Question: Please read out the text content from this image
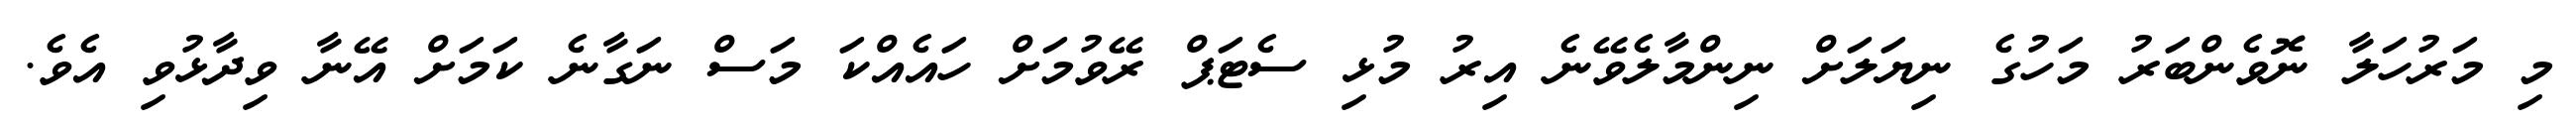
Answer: މި މަރުހަލާ ނޮވެންބަރު މަހުގެ ނިޔަލަށް ނިންމާލެވޭނެ އިރު މުޅި ސެޓަޕް ރޭވުމަށް ހައެއްކަ މަސް ނަގާނެ ކަމަށް އޭނާ ވިދާޅުވި އެވެ.